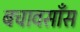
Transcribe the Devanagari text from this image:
बचावसाँस